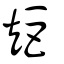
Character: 矩